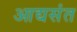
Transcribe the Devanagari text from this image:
आद्यसंत